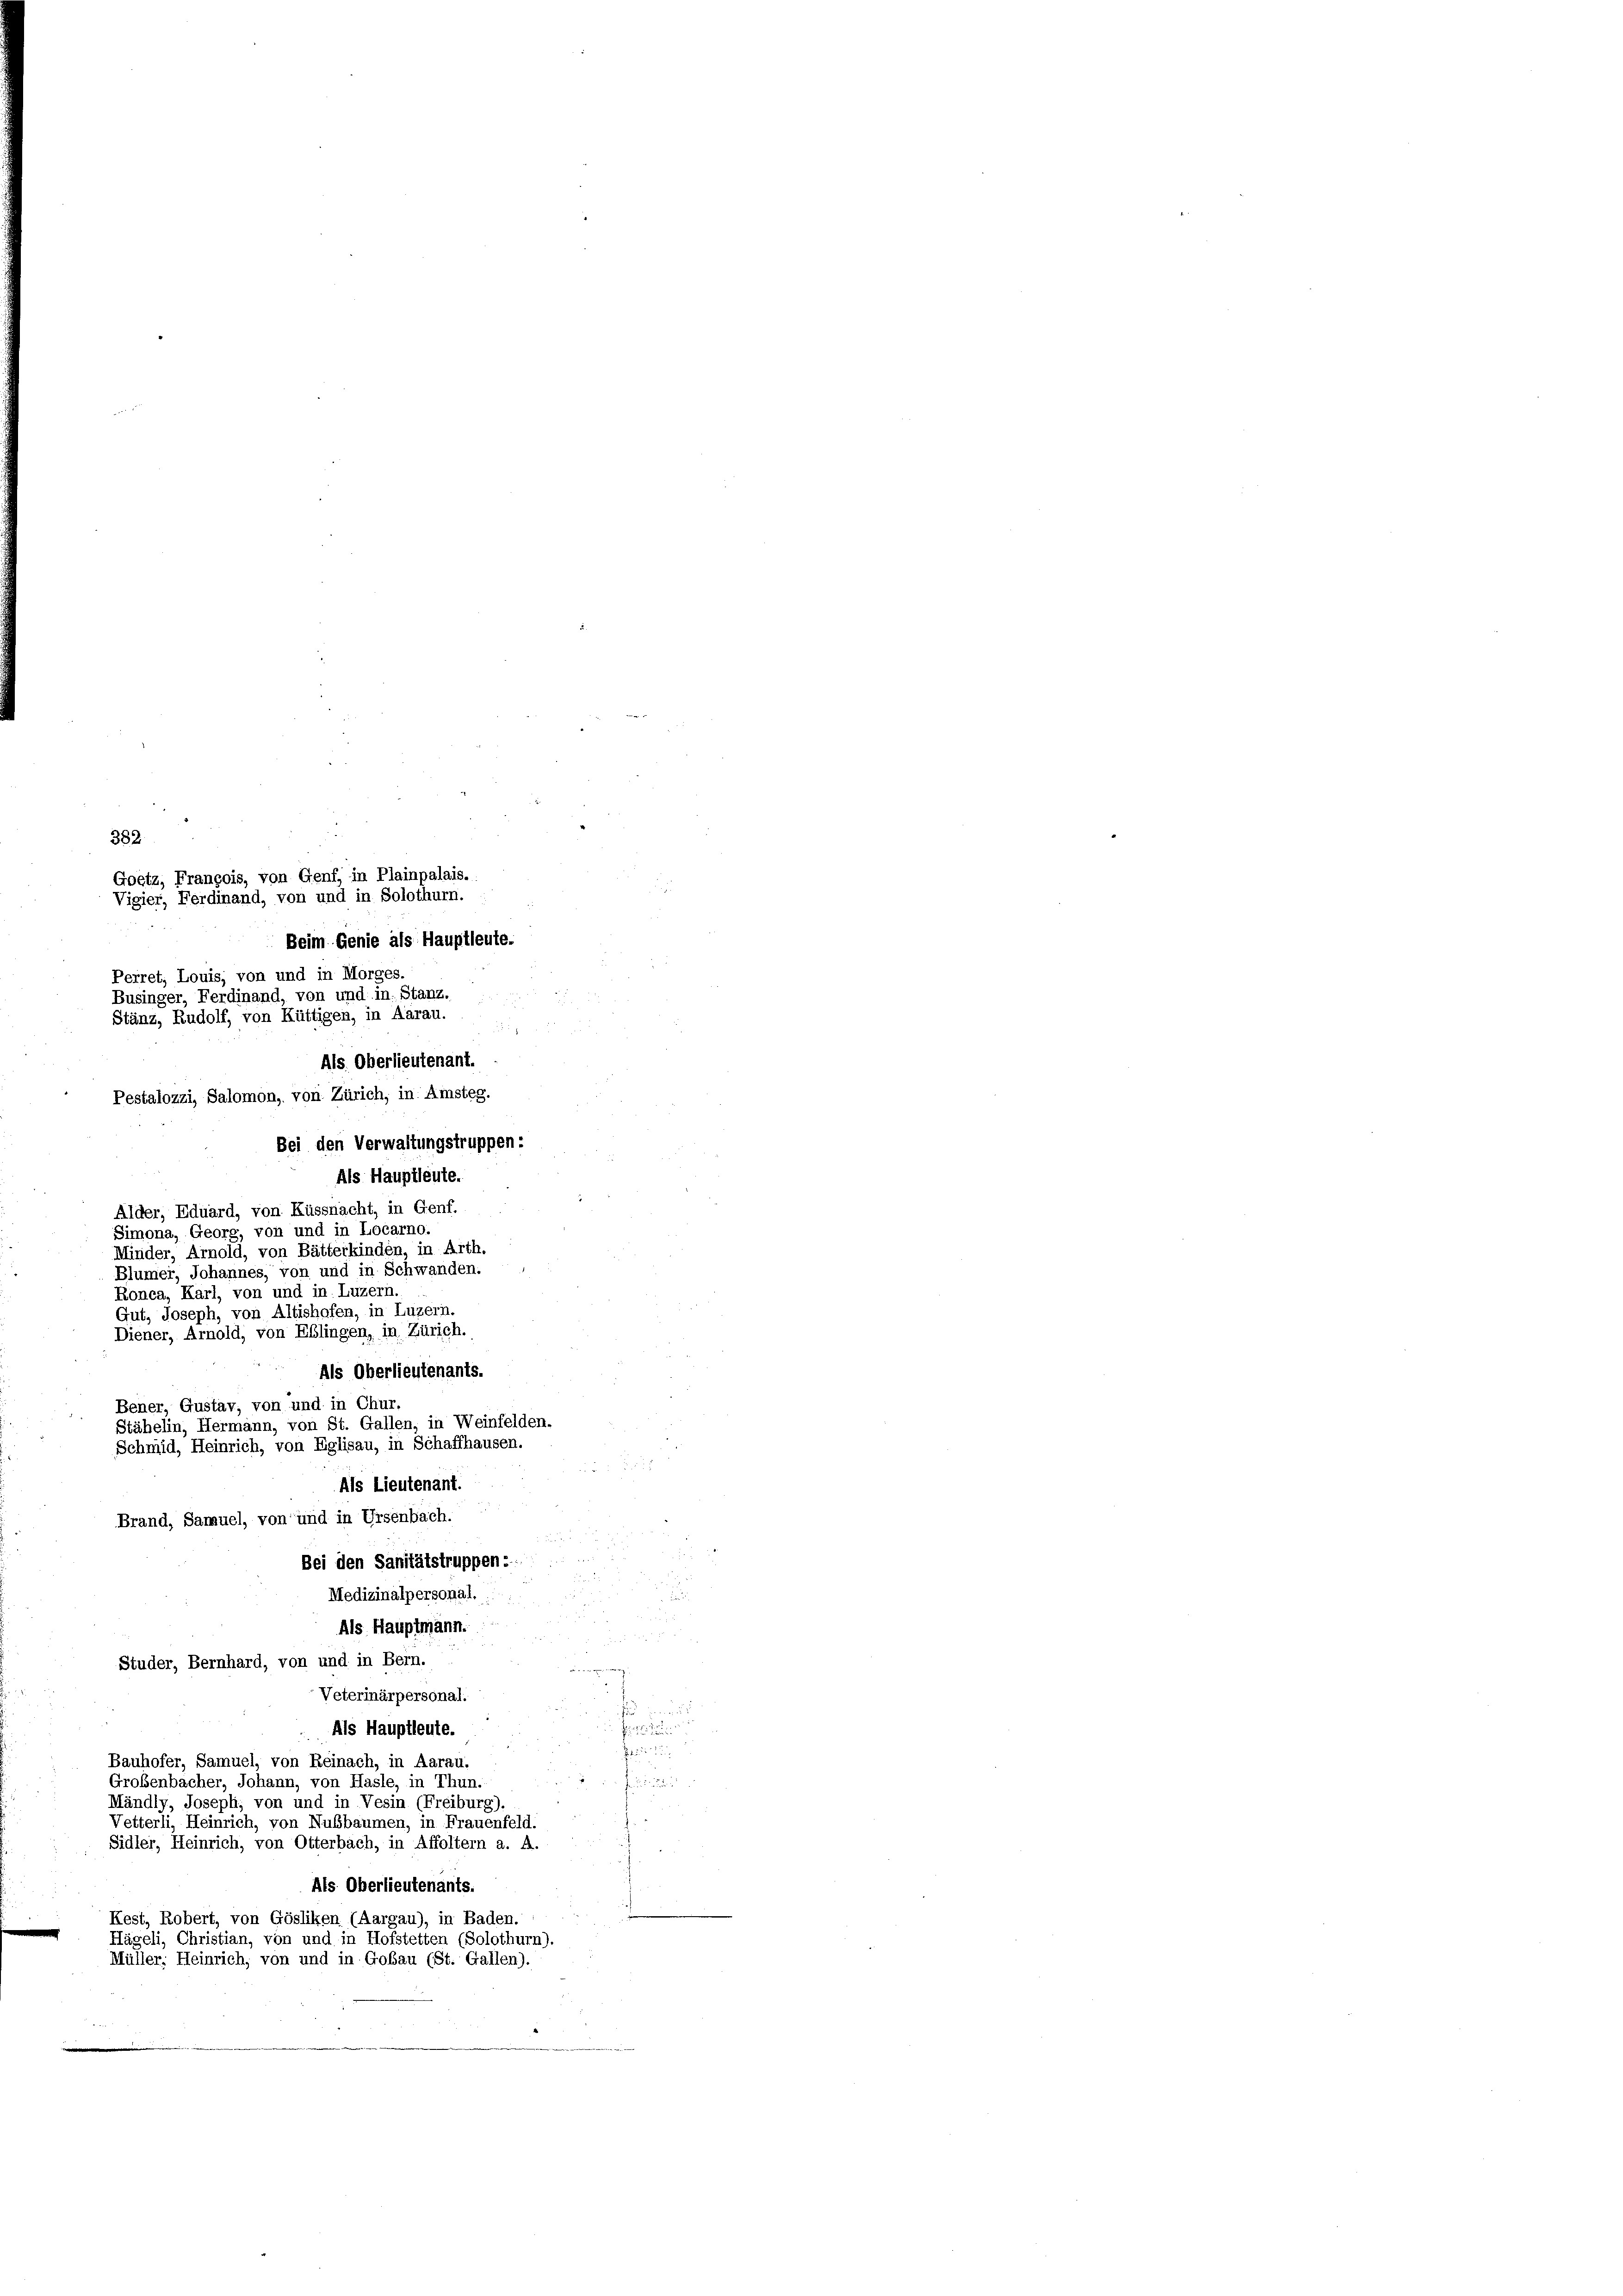
Goetz, François, von Genf, in Plainpalais
Vigier, Ferdinand, von und in Solothurn.
Beim Genie als Hauptleute.
Perret, Louis, von und in Morges.
Businger, Ferdinand, von und in: Stanz.
Stänz, Rudolf, von Küttigen, in Aarau.
Als. Oberlieutenant.
Pestalozzi, Salomon, von Zürich, in Amsteg.

382.

Bei den Verwaltungstruppen:
Als Hauptleute.
Alder, Eduard, von Küssnacht, in Genf.
Simona, Georg, von und in Locarno.
Minder, Arnold, von Bätterkinden, in Arth
Blümer, Johannes, von und in Schwanden.
Ronca, Karl, von und in Luzern.
Gut, Joseph, von Altishofen, in Luzern.
Als Oberlieutenants.
Als Lieutenant.
Bei den Sanitätstruppen u.
Medizinalpersonal.
Als Hauptmann.
Studer, Bernhard, von und in Bern.
Veterinärpersonal.

Als Hauptleute.

Bauhofer, Samuel, von Reinach, in Aarau-
Großenbacher, Johann, von Hasle, in Thun.
f
Mändly, Josephi, von und in Vesin (Freiburg)
Vetterli, Heinrich, von Nußbaumen, in Frauenfeld.
Sidler, Heinrich, von Otterbach, in Affoltern a. A
Als Oberlieutenants.
Kest, Robert, von Gösliken (Aargau), in Baden.
Hägeli, Christian, von und in Hofstetten (Solothurn).
Müller; Heinrich, von und in Goßau (St. Gallen).

Diener, Arnold, von Eblingen, in Zürich
Bener, Gustav, von und in Chur.
Stähelin, Hermann, von St. Gallen, in Weinfelden
Schmid, Heinrich, von Eglisau, in Schaffhauser
Brand, Samuel, von und in Ursenbach.